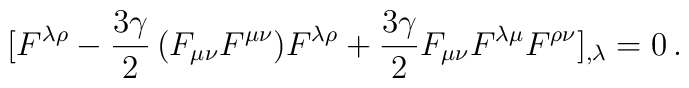
[ F^{\lambda \rho} - \frac{3 \gamma}{2} \, (F_{\mu \nu} F^{\mu\nu}) F^{\lambda \rho} + \frac{3 \gamma}{2} F_{\mu \nu}F^{\lambda \mu} F^{\rho \nu} ]_{,\lambda}= 0 \, .